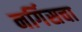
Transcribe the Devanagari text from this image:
नर्गिसचा